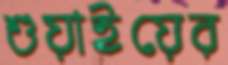
শুয়াইয়ের